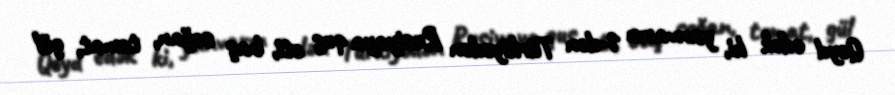
Qeyd edək ki, yanvarın 1-dən Türkiyədən Rusiyaya quş əti, baş soğan, tomat, gül